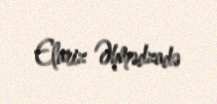
Elariz Əhmədzadə